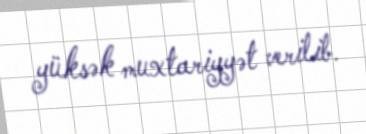
yüksək muxtariyyət verilib.